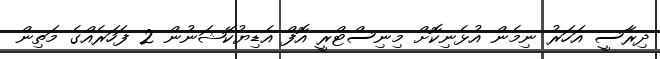
ދިރާސީ އަހަރު ނިމެން އުޅެނިކޮށް މިނިސްޓްރީ އޮފް އެޑިޔުކޭޝަނުން 2 ފަހަރެއްގެ މަތިން